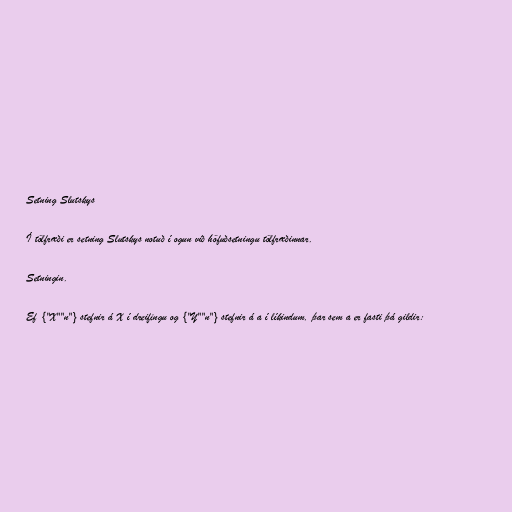
Setning Slutskys

Í tölfræði er setning Slutskys notuð í ogun við höfuðsetningu tölfræðinnar.

Setningin.

Ef {"X""n"} stefnir á X í dreifingu og {"Y""n"} stefnir á a í líkindum, þar sem a er fasti þá gildir: